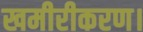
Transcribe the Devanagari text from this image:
खमीरीकरण।